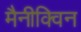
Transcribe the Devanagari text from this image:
मैनीक्विन